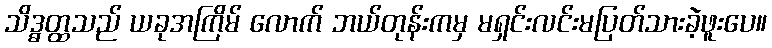
သိဒ္ဓတ္ထသည် ယခုအကြိမ် လောက် ဘယ်တုန်းကမှ မရှင်းလင်းမပြတ်သားခဲ့ဖူးပေ။